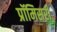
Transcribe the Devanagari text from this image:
प्रॉमिसरी